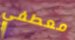
معطفي